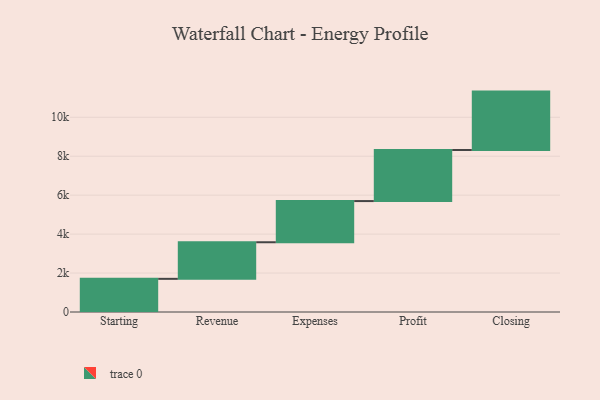
{"axis": {"x": "Step", "y": "Value"}, "legend": [""], "data": [{"x": "Starting", "y": 1703.0, "type": ""}, {"x": "Revenue", "y": 1879.0, "type": ""}, {"x": "Expenses", "y": 2115.0, "type": ""}, {"x": "Profit", "y": 2622.0, "type": ""}, {"x": "Closing", "y": 3000, "type": ""}]}